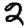
Digit: 2